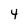
Character: 4